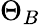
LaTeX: \Theta_{B}